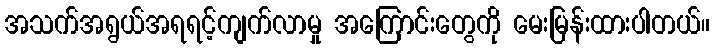
အသက်အရွယ်အရရင့်ကျက်လာမှု အကြောင်းတွေကို မေးမြန်းထားပါတယ်။